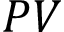
P V